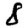
Digit: 8